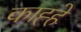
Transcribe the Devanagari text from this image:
काह्हे